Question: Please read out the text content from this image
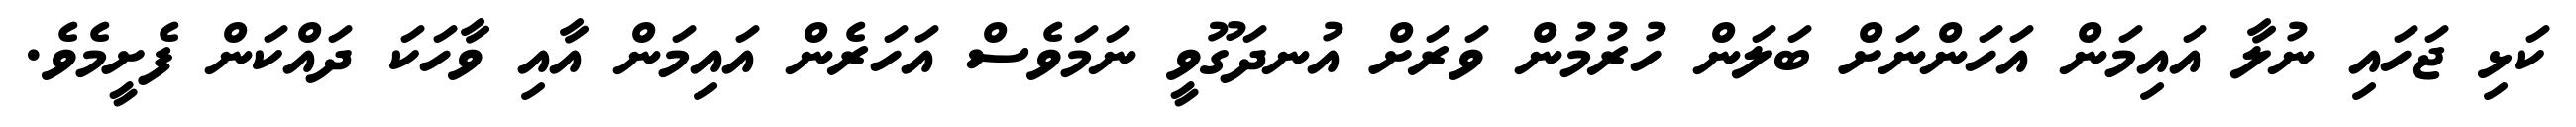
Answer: ކަޅި ޖަހައި ނުލާ އައިމަން އަހަންނަށް ބަލަން ހުރުމުން ވަރަށް އުނދަގޫވީ ނަމަވެސް އަހަރެން އައިމަން އާއި ވާހަކަ ދައްކަން ފެށީމެވެ.